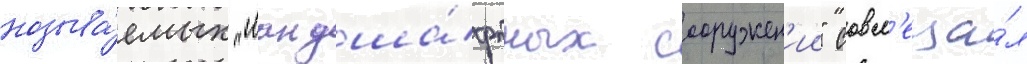
называ́емых "ландша́фтных сооружен'ии" совм'еща́л